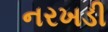
નરખડી